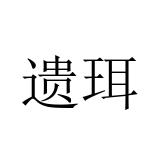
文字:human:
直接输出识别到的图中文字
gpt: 遗珥